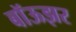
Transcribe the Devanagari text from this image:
बॉऊझर